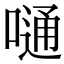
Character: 嗵